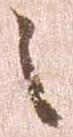
之